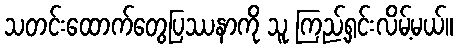
သတင်းထောက်တွေပြဿနာကို သူ ကြည့်ရှင်းလိမ့်မယ်။